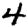
Digit: 4